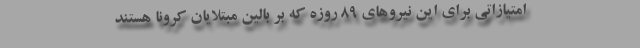
امتیازاتی برای این نیروهای ۸۹ روزه که بر بالین مبتلایان کرونا هستند